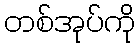
တစ်အုပ်ကို